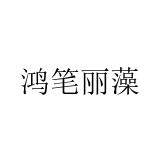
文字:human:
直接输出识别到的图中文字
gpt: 鸿笔丽藻